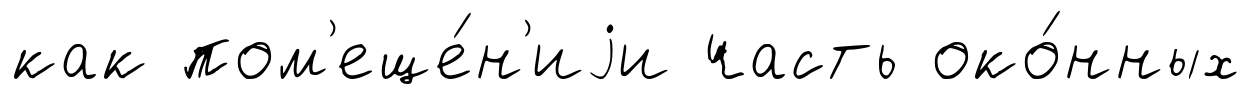
как пом'еще́н'иjи часть око́нных